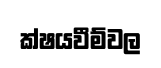
ක්ෂයවීම්වල